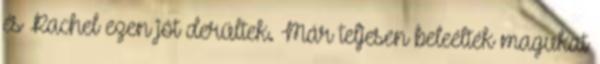
és Rachel ezen jót derültek. Már teljesen beleélték magukat